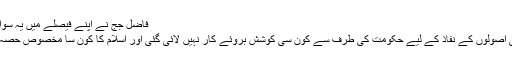
فاضل جج نے اپنے فیصلے میں یہ سوال بھی کیا ہے کہ
’’ملک میں اسلامی اصولوں کے نفاذ کے لیے حکومت کی طرف سے کون سی کوشش بروئے کار نہیں لائی گئی اور اسلام کا کون سا مخصوص حصہ نافذ نہیں کیا گیا؟